Annual administration report of the Civil Veterinary Department of India - 1893-1894
Year: 1893
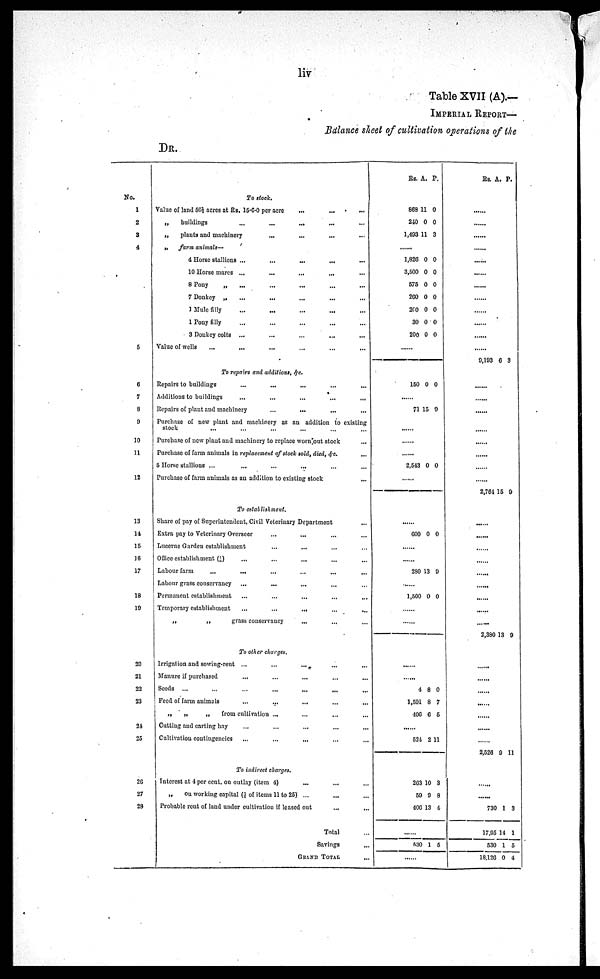
liv
Table XVII (A).—
IMPERIAL REPORT—
Balance sheet of cultivation operations of the
DR.
No.
1
2
3
4
5
6
7
8
9
10
11
12
13
14
15
16
17
18
10
20
21
22
23
21
25
26
27
28
To stock.
Value of land 56½ acres at Rs. 15-6-0 per acre ... ... ...
„
buildings ... ... ... ... ...
„
plants and machinery ... ... ... ...
„
farm animals—
4 Horse stallions ... ... ... ... ...
10 Horse marcs ... ... ... ... ...
8 Pony „ ... ... ... ... ...
7 Donkey „ ... ... ... ... ...
1 Mule filly ... ... ... ... ...
1 Pony filly ... ... ... ... ...
3 Donkey colts ... ... ... ... ... ...
Value of wells ... ... ... ... ... ... ...
To repairs and additions, &c.
Repairs to buildings ... ... ... ... ...
Additions to buildings ... ... ... ... ...
Repairs of plant and machinery ... ... ... ...
Purchase of new plant and machinery as an addition to existing
stock ... ... ... ... ... ...
Purchase of new plant and machinery to replace worn out stock ...
Purchase of farm animals in replacement of stock sold, died, &c....
5 Horse stallions ... ... ... ... ... ...
Purchase of farm animals as an addition to existing stock ...
To establishment.
Share of pay of Superintendent, Civil Veterinary Department ...
Extra pay to Veterinary Overseer ... ... ... ...
Lucerne Garden establishment ... ... ... ...
Office establishment (J) ... ... ... ...
Labour farm
...
... ... ... ... ...
Labour grass conservancy ... ... ... ... ...
Permanent establishment ... ... ... ... ...
Temporary establishment ... ... ... ... ...
„
„
grass conservancy ... ... ...
To other charges.
Irrigation and sowing-rent ... ... ... ... ...
Manure if purchased
... ... ... ... ...
Seeds ... ... ... ... ... ... ... ...
Feed of farm animals ... ... ... ... ...
„
„
„
from cultivation ... ... ... ...
Cutting and carting hay ... ... ... ... ...
Cultivation contingencies ... ... ... ... ...
To indirect charges.
Interest at 4 per cent. on outlay (item 4) ... ... ...
„ on working capital (½ of items 11 to 25) ... ... ...
Probable rent of laud under cultivation if leased out ... ...
Total ...
Savings ...
GRAND TOTAL ...
Rs.
868
240
1,403
A.
11
0
11
P.
0
0
3
......
1,826
3,500
575
200
200
30
200
0
0
0
0
0
0
0
0
0
0
0
0
0
0
.......
150 0 0
71 15 9
.......
.......
.......
2,543 0 0
.......
.......
600 0 0
.......
.......
280 13 9
.......
1,500 0 0
.......
.......
.......
.......
4
1,591
406
8
8
6
0
7
5
.......
524
263
59
406
2
10
9
13
11
3
8
4
.......
530 1
5
Rs. A. P.
......
......
......
.......
......
......
......
......
......
......
......
.......
9,193 6
3
.......
.......
.......
.......
.......
.......
.......
2,764 15 9
......
......
......
......
......
......
......
.......
.......
2,380 13 9
......
......
......
......
......
......
......
2,526 9 11
.......
.......
730
17,95
530
18,126
1
14
1
0
3
1
5
4